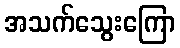
အသက်သွေးကြော